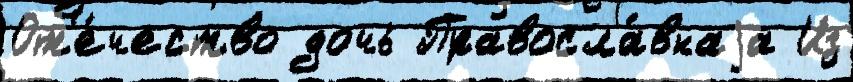
От'е́чество дочь Правосла́внаjа Из